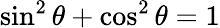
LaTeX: \sin^{2}{\theta}+\cos^{2}{\theta}=1